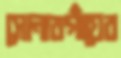
সোনারগাঁয়ের